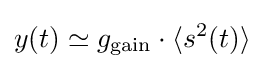
y(t)\simeq g_{\text{gain}}\cdot \langle s^{2}(t)\rangle